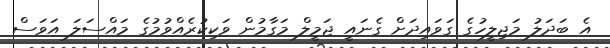
އެ ބަދަލު މަޖިލީހުގެ ގަވައިދަށް ގެނައީ ޖަމީލް މަގާމުން ވަކިކުރެއްވުމުގެ މައްސަލަ އަވަސް